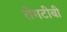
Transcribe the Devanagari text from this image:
रोगटीबी